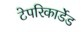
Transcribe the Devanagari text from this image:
टेपरिकार्डेड